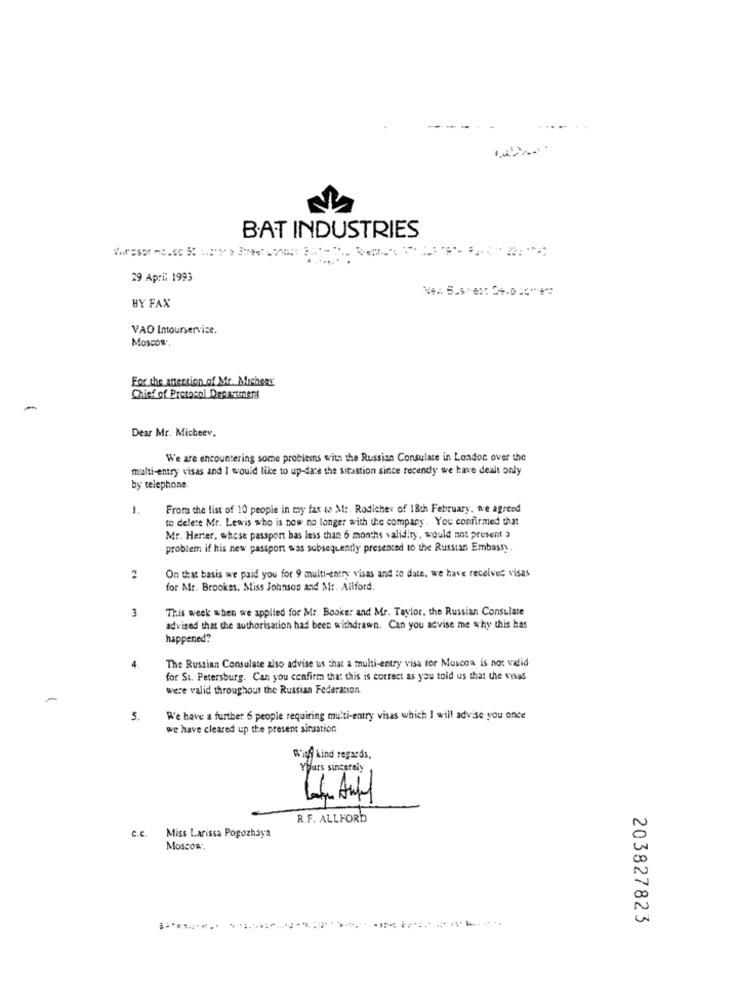
BAT INDUSTRIES
29 April 1993
BY FAX
VAO Intourservice.
Moscow',
For the attention of Mr. Micheer
Chief of Protocol Department
Dear Mr. Micheev.
We are encountering some problems with the Russian Consulate in London over the
multi-entry visas and I would like to up-date the situation since recently we have dealt only
by telephone.
1.
From the list of 10 people in my fax to Ml :. Rodichev of 18th February, we agreed
to delete Mr. Lewis who is now no longer with the company. You confirmed that
Mr. Herter, whose passport bas less than 6 months validity, would not present a
problem if his new passport was subsequently presented to the Russian Embassy.
On that basis we paid you for 9 multi-entry visas and to date, we have receives visas
2
for Mr. Brookss. Miss Johnson and Mr. Allford.
3
This week when we applied for Mr. Booker and Mr. Taylor, the Russian Consulate
advised that the authorisation had beer withdrawn. Can you acvise me why this has
happened?
The Russian Consulate also advise us that a multi-entry viss for Moscoa is not valid
4.
for St. Petersburg. Can you confirm that this is correct as you told us that the visas
were valid throughout the Russian Federation
5.
We have a further 6 people requiring multi-entry visas which I will advise you once
we have cleared up the present sinsation
With kind regards,
Yours sincerely
44. Auf
R.F. ALLFORD
c.c. Miss Larissa Pogozhaya
Moscow.
203827823